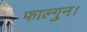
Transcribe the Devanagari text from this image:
फाल्गुन।